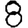
Digit: 8